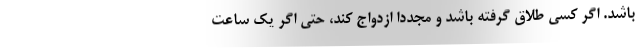
باشد. اگر کسی طلاق گرفته باشد و مجددا ازدواج کند، حتی اگر یک ساعت